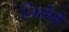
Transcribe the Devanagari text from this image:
लिसेंसे